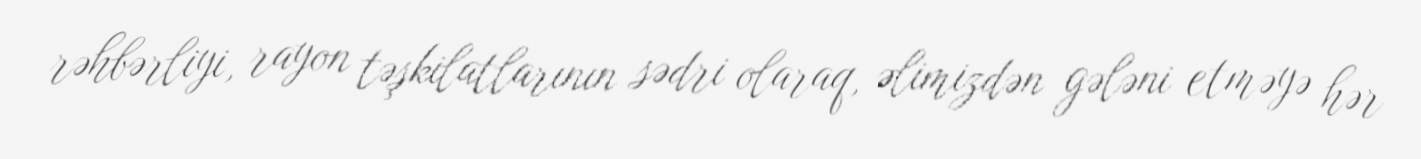
rəhbərliyi, rayon təşkilatlarının sədri olaraq, əlimizdən gələni etməyə hər